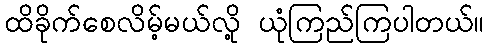
ထိခိုက်စေလိမ့်မယ်လို့ ယုံကြည်ကြပါတယ်။